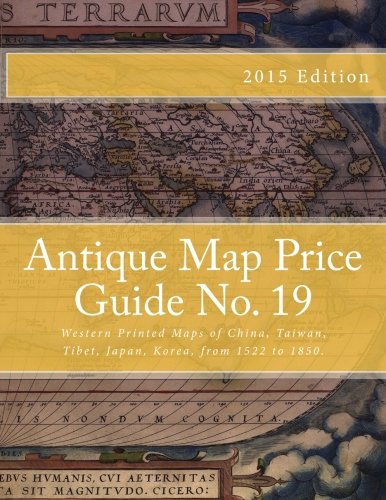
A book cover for Antique Map Price Guide No. 19: Western Printed Maps of China, Taiwan, Tibet, Japan, Korea, from 1522 to 1850.; Mr Jeffrey Sharpe; Travel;